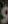
و